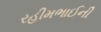
રહીમભાઈની